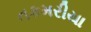
તકમરીયા